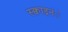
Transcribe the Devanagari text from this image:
स्क्वाड्रनंे